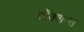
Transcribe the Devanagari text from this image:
फ्रॅक्शन्स